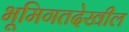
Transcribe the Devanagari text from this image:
भूमिगतदेखील